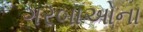
ગરબાઓના